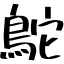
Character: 鴕